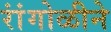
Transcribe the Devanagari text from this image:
रांंगोळीने